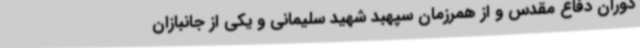
دوران دفاع مقدس و از همرزمان سپهبد شهید سلیمانی و یکی از جانبازان